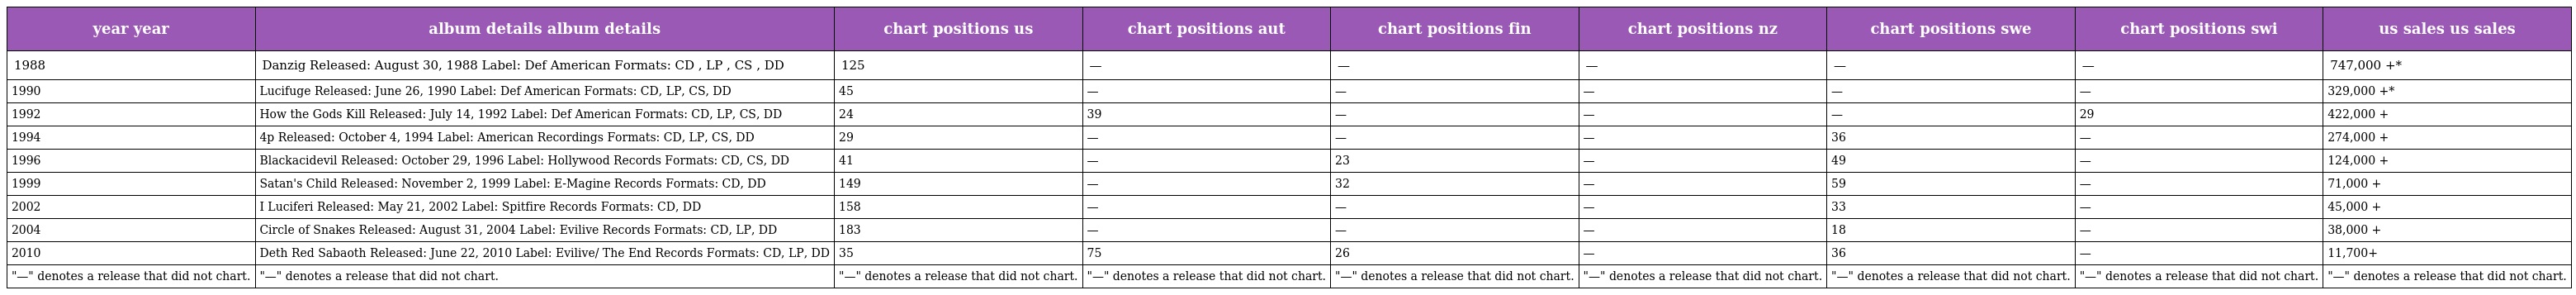
| year year | album details album details | chart positions us | chart positions aut | chart positions fin | chart positions nz | chart positions swe | chart positions swi | us sales us sales |
 | --- | --- | --- | --- | --- | --- | --- | --- | --- |
 | 1988 | Danzig Released: August 30, 1988 Label: Def American Formats: CD , LP , CS , DD | 125 | — | — | — | — | — | 747,000 +* |
 | 1990 | Lucifuge Released: June 26, 1990 Label: Def American Formats: CD, LP, CS, DD | 45 | — | — | — | — | — | 329,000 +* |
 | 1992 | How the Gods Kill Released: July 14, 1992 Label: Def American Formats: CD, LP, CS, DD | 24 | 39 | — | — | — | 29 | 422,000 + |
 | 1994 | 4p Released: October 4, 1994 Label: American Recordings Formats: CD, LP, CS, DD | 29 | — | — | — | 36 | — | 274,000 + |
 | 1996 | Blackacidevil Released: October 29, 1996 Label: Hollywood Records Formats: CD, CS, DD | 41 | — | 23 | — | 49 | — | 124,000 + |
 | 1999 | Satan's Child Released: November 2, 1999 Label: E-Magine Records Formats: CD, DD | 149 | — | 32 | — | 59 | — | 71,000 + |
 | 2002 | I Luciferi Released: May 21, 2002 Label: Spitfire Records Formats: CD, DD | 158 | — | — | — | 33 | — | 45,000 + |
 | 2004 | Circle of Snakes Released: August 31, 2004 Label: Evilive Records Formats: CD, LP, DD | 183 | — | — | — | 18 | — | 38,000 + |
 | 2010 | Deth Red Sabaoth Released: June 22, 2010 Label: Evilive/ The End Records Formats: CD, LP, DD | 35 | 75 | 26 | — | 36 | — | 11,700+ |
 | "—" denotes a release that did not chart. | "—" denotes a release that did not chart. | "—" denotes a release that did not chart. | "—" denotes a release that did not chart. | "—" denotes a release that did not chart. | "—" denotes a release that did not chart. | "—" denotes a release that did not chart. | "—" denotes a release that did not chart. | "—" denotes a release that did not chart. |